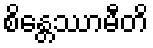
စိန္တေဿာမီတိ